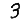
Digit: 3